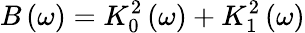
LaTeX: B\left(\omega\right)=K_{0}^{2}\left(\omega\right)+K_{1}^{2}\left(\omega\right)